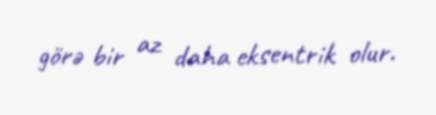
görə bir az daha eksentrik olur.